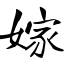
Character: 嫁